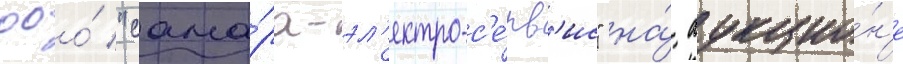
ооо́ "сама́ра-эл'ектро-с'е́рв'ис" на́ аукцио́н'е